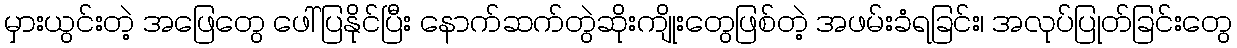
မှားယွင်းတဲ့ အဖြေတွေ ဖေါ်ပြနိုင်ပြီး နောက်ဆက်တွဲဆိုးကျိုးတွေဖြစ်တဲ့ အဖမ်းခံရခြင်း၊ အလုပ်ပြုတ်ခြင်းတွေ